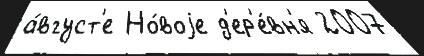
а́вгуст'е Но́воjе д'ер'е́вн'я 2007